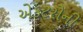
એકટરોની